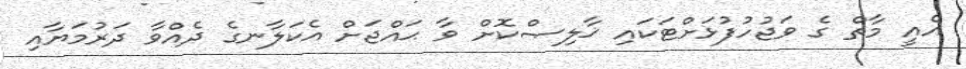
އެއީ މާތް ގެ ވަޖުހުފުޅަށްޓަކައި ޚާލިޞްކޮށް ވާ ޙައްޖަށް އެކަލާނގެ ދެއްވާ ދަރުމަޔާއި